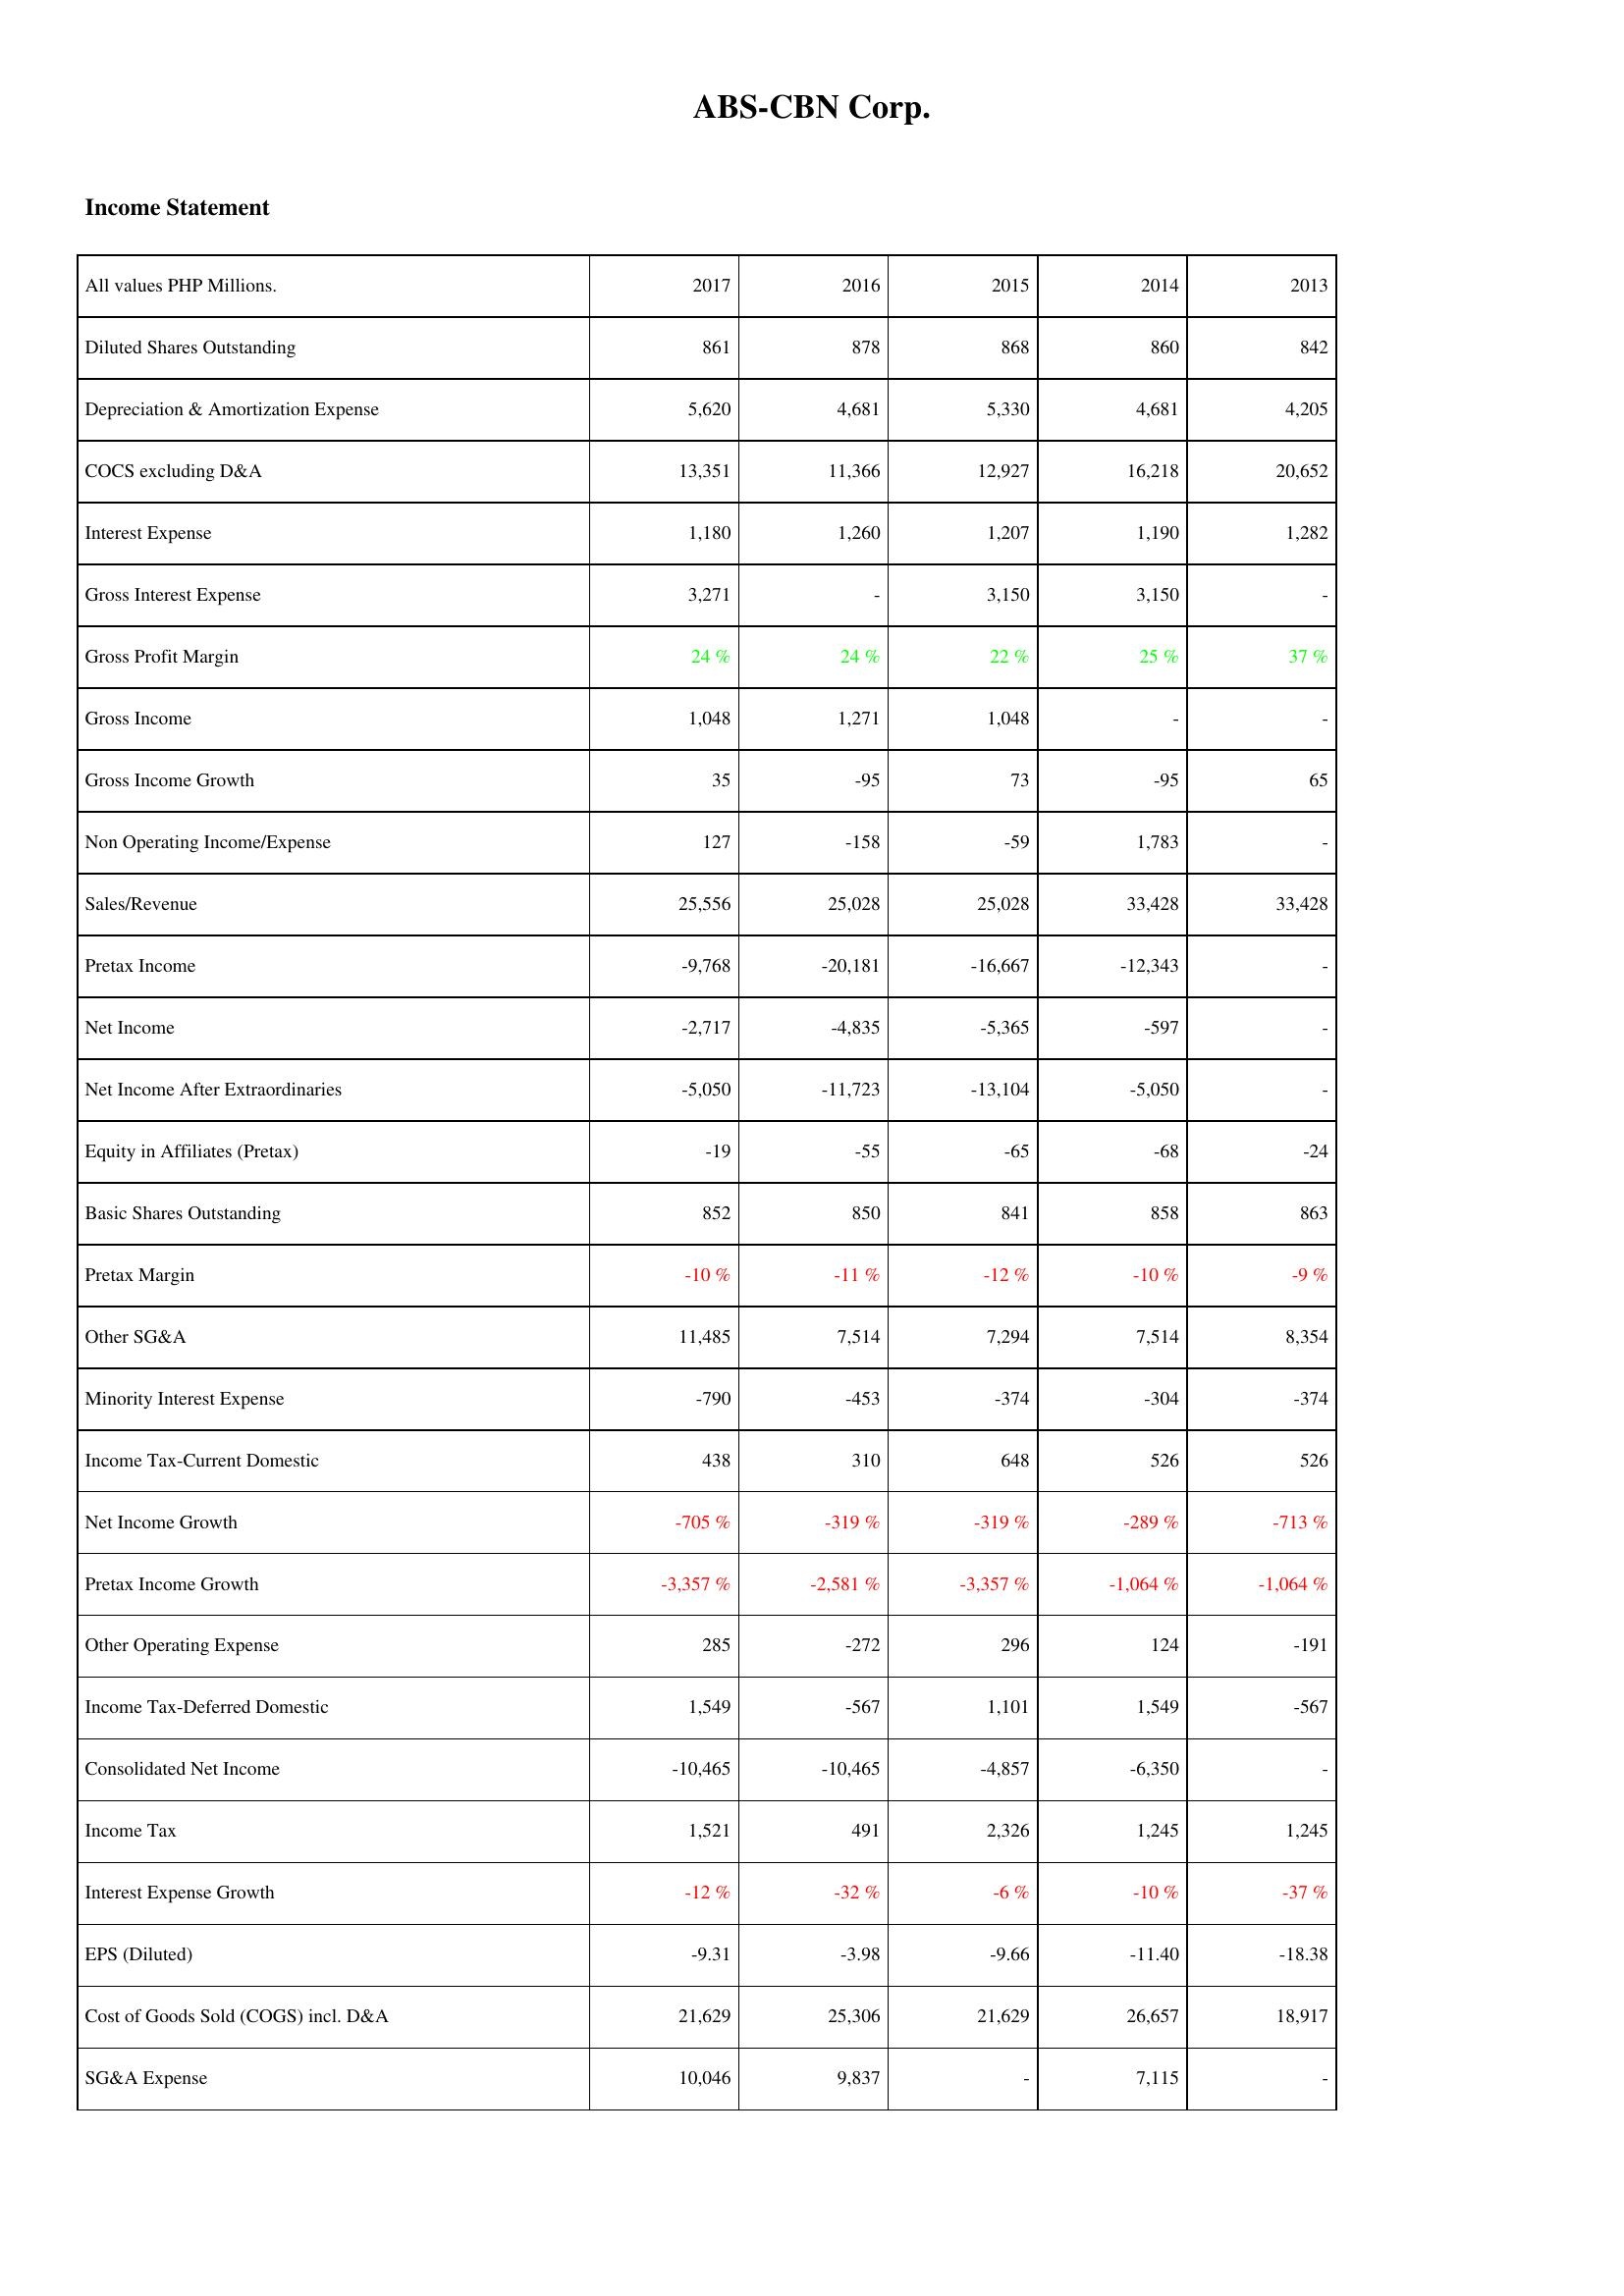
2017: Income Statement: Diluted Shares Outstanding: 861
Depreciation & Amortization Expense: 5,620
COCS excluding D&A: 13,351
Interest Expense: 1,180
Gross Interest Expense: 3,271
Gross Profit Margin: 24 %
Gross Income: 1,048
Gross Income Growth: 35
Non Operating Income/Expense: 127
Sales/Revenue: 25,556
Pretax Income: -9,768
Net Income: -2,717
Net Income After Extraordinaries: -5,050
Equity in Affiliates (Pretax): -19
Basic Shares Outstanding: 852
Pretax Margin: -10 %
Other SG&A: 11,485
Minority Interest Expense: -790
Income Tax-Current Domestic: 438
Net Income Growth: -705 %
Pretax Income Growth: -3,357 %
Other Operating Expense: 285
Income Tax-Deferred Domestic: 1,549
Consolidated Net Income: -10,465
Income Tax: 1,521
Interest Expense Growth: -12 %
EPS (Diluted): -9.31
Cost of Goods Sold (COGS) incl. D&A: 21,629
SG&A Expense: 10,046
2016: Income Statement: Diluted Shares Outstanding: 878
Depreciation & Amortization Expense: 4,681
COCS excluding D&A: 11,366
Interest Expense: 1,260
Gross Interest Expense: -
Gross Profit Margin: 24 %
Gross Income: 1,271
Gross Income Growth: -95
Non Operating Income/Expense: -158
Sales/Revenue: 25,028
Pretax Income: -20,181
Net Income: -4,835
Net Income After Extraordinaries: -11,723
Equity in Affiliates (Pretax): -55
Basic Shares Outstanding: 850
Pretax Margin: -11 %
Other SG&A: 7,514
Minority Interest Expense: -453
Income Tax-Current Domestic: 310
Net Income Growth: -319 %
Pretax Income Growth: -2,581 %
Other Operating Expense: -272
Income Tax-Deferred Domestic: -567
Consolidated Net Income: -10,465
Income Tax: 491
Interest Expense Growth: -32 %
EPS (Diluted): -3.98
Cost of Goods Sold (COGS) incl. D&A: 25,306
SG&A Expense: 9,837
2015: Income Statement: Diluted Shares Outstanding: 868
Depreciation & Amortization Expense: 5,330
COCS excluding D&A: 12,927
Interest Expense: 1,207
Gross Interest Expense: 3,150
Gross Profit Margin: 22 %
Gross Income: 1,048
Gross Income Growth: 73
Non Operating Income/Expense: -59
Sales/Revenue: 25,028
Pretax Income: -16,667
Net Income: -5,365
Net Income After Extraordinaries: -13,104
Equity in Affiliates (Pretax): -65
Basic Shares Outstanding: 841
Pretax Margin: -12 %
Other SG&A: 7,294
Minority Interest Expense: -374
Income Tax-Current Domestic: 648
Net Income Growth: -319 %
Pretax Income Growth: -3,357 %
Other Operating Expense: 296
Income Tax-Deferred Domestic: 1,101
Consolidated Net Income: -4,857
Income Tax: 2,326
Interest Expense Growth: -6 %
EPS (Diluted): -9.66
Cost of Goods Sold (COGS) incl. D&A: 21,629
SG&A Expense: -
2014: Income Statement: Diluted Shares Outstanding: 860
Depreciation & Amortization Expense: 4,681
COCS excluding D&A: 16,218
Interest Expense: 1,190
Gross Interest Expense: 3,150
Gross Profit Margin: 25 %
Gross Income: -
Gross Income Growth: -95
Non Operating Income/Expense: 1,783
Sales/Revenue: 33,428
Pretax Income: -12,343
Net Income: -597
Net Income After Extraordinaries: -5,050
Equity in Affiliates (Pretax): -68
Basic Shares Outstanding: 858
Pretax Margin: -10 %
Other SG&A: 7,514
Minority Interest Expense: -304
Income Tax-Current Domestic: 526
Net Income Growth: -289 %
Pretax Income Growth: -1,064 %
Other Operating Expense: 124
Income Tax-Deferred Domestic: 1,549
Consolidated Net Income: -6,350
Income Tax: 1,245
Interest Expense Growth: -10 %
EPS (Diluted): -11.40
Cost of Goods Sold (COGS) incl. D&A: 26,657
SG&A Expense: 7,115
2013: Income Statement: Diluted Shares Outstanding: 842
Depreciation & Amortization Expense: 4,205
COCS excluding D&A: 20,652
Interest Expense: 1,282
Gross Interest Expense: -
Gross Profit Margin: 37 %
Gross Income: -
Gross Income Growth: 65
Non Operating Income/Expense: -
Sales/Revenue: 33,428
Pretax Income: -
Net Income: -
Net Income After Extraordinaries: -
Equity in Affiliates (Pretax): -24
Basic Shares Outstanding: 863
Pretax Margin: -9 %
Other SG&A: 8,354
Minority Interest Expense: -374
Income Tax-Current Domestic: 526
Net Income Growth: -713 %
Pretax Income Growth: -1,064 %
Other Operating Expense: -191
Income Tax-Deferred Domestic: -567
Consolidated Net Income: -
Income Tax: 1,245
Interest Expense Growth: -37 %
EPS (Diluted): -18.38
Cost of Goods Sold (COGS) incl. D&A: 18,917
SG&A Expense: -